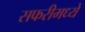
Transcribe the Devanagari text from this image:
सफरीमध्ये